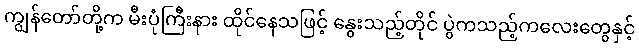
ကျွန်တော်တို့က မီးပုံကြီးနား ထိုင်နေသဖြင့် နွေးသည့်တိုင် ပွဲကသည့်ကလေးတွေနှင့်